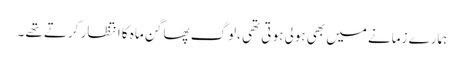
ہمارے زمانے میں بھی ہولی ہو تی تھی ،لوگ پھاگن ماہ کا انتظار کرتے تھے ۔